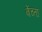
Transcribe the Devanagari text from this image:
बेंच्ता